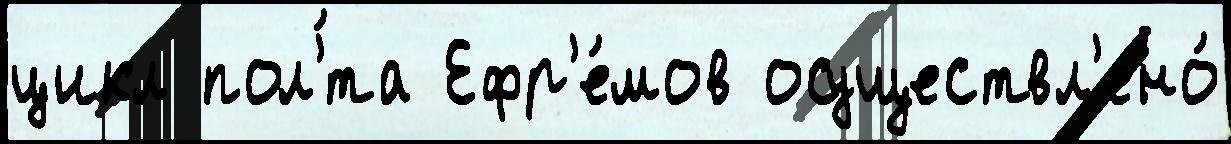
цикл пол'́та Ефр'е́мов осуществл'ено́